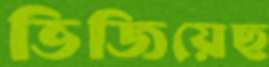
ভিজিয়েছ